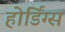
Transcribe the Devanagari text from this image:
होर्डिंग्स